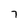
Character: 7